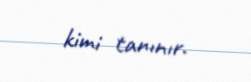
kimi tanınır.